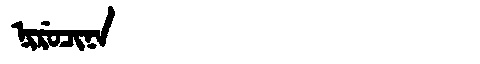
Manchu: ᠨᡳᡵᡠᠴᡳᠨᠠ
Romanization: NIRUCINA